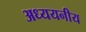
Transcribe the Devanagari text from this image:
अध्ययनीय